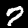
Digit: 7